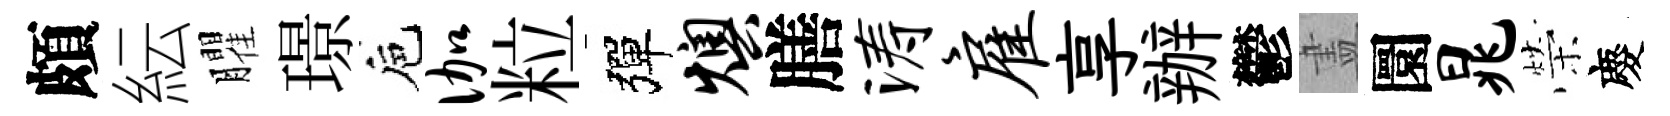
頗紜臞璟巵伽粒彈燠膳涛雇享辦鬱𥁞圜晁榮慶